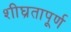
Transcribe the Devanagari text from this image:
शीघ्रतापूर्ण